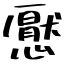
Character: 懕